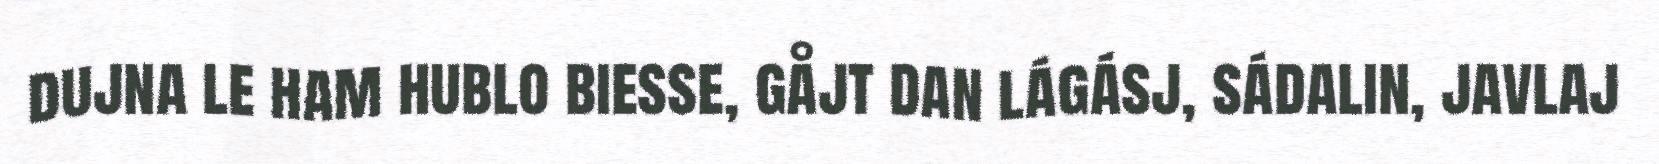
dujna le ham hublo biesse, gåjt dan lágásj, sádalin, javlaj